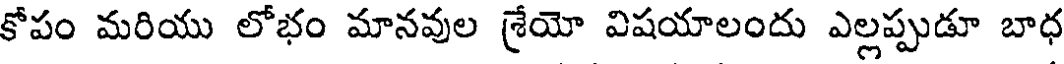
కోపం మరియు లోభం మానవుల శ్రేయో విషయాలందు ఎల్లప్పుడూ బాధ